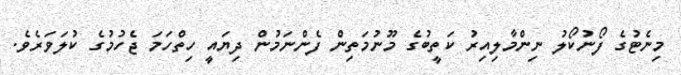
މިނެޓުގެ ފޯނުކޯލު ނިންމާލިއިރު ކަތީބުގެ މޫނުމަތިން ފެންނަމުން ދިޔައީ ހިތްހަމަ ޖެހުމުގެ ކުލަވަރެވެ.